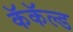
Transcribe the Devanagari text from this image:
कॅकॅल्ड